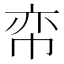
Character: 帟